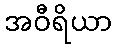
အဝီရိယာ